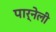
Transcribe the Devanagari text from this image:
पार्नेली